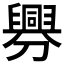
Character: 𦦟